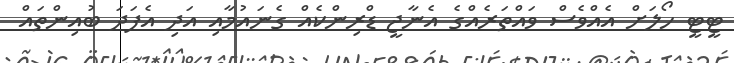
ޓީޓީ ހޯލަށް އެއްވެސް ވައްތަރެއްގެ އެނާޖީ ޑްރިންކެއް ގެނައުމާއި އަދި އެފަދަ ބުއިންތައް